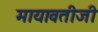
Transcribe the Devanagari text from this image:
मायावतीजी